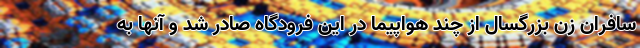
سافران زن بزرگسال از چند هواپیما در این فرودگاه صادر شد و آنها به